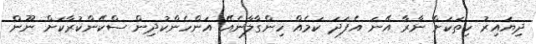
ދިޔައިރު ހިތަކަށް ނާރާ އޭނަ އެފަދަ ކަމެއް ހިންގާލާނެއޭ އަންހެންކުދިން ސްކޭންކުރާކަށް ނޫން